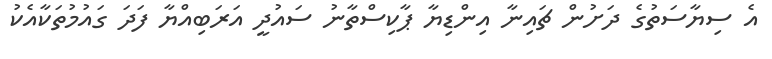
އެ ސިޔާސަތުގެ ދަށުން ޗައިނާ އިންޑިޔާ ޕާކިސްތާނު ސައުދީ އަރަބިއްޔާ ފަދަ ގައުމުތަކާއެކު